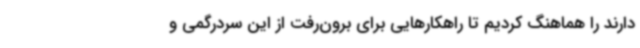
دارند را هماهنگ کردیم تا راهکارهایی برای برون‌رفت از این سردرگمی و